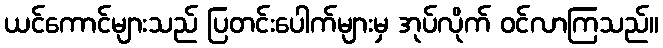
ယင်ကောင်များသည် ပြတင်းပေါက်များမှ အုပ်လိုက် ဝင်လာကြသည်။